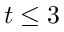
t \leq 3